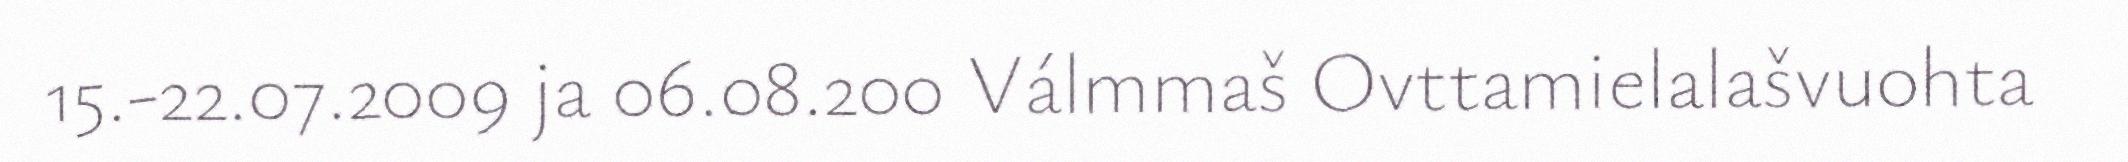
15.-22.07.2009 ja 06.08.200 Válmmaš Ovttamielalašvuohta